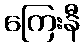
ကြေးနီ